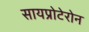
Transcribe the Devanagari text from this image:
सायप्रोटेरोन